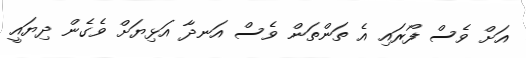
އަށް ވެސް ފޯރައި އެ ތަންތަން ވެސް އަނދާ އަޅިޔަށް ވެގެން ދިޔައީ